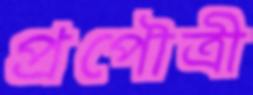
প্রপৌত্রী